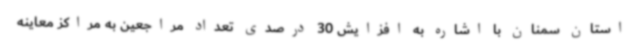
استان سمنان با اشاره به افزایش 30 درصدی تعداد مراجعین به مراکز معاینه